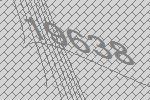
19638